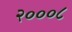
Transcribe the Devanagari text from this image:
२०००८